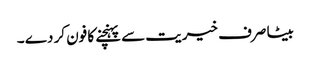
بیٹا صرف خیریت سے پہنچنے کا فون کر دے ۔